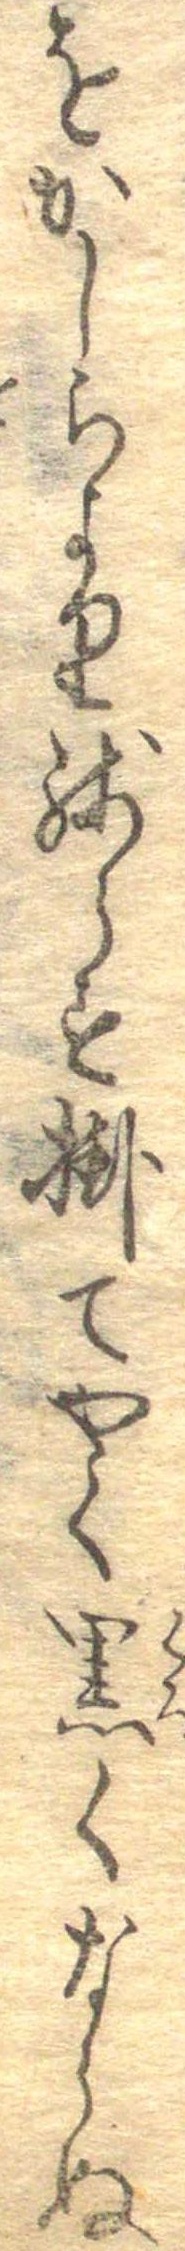
をかしらより残らす掛てやく黒くならぬ